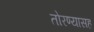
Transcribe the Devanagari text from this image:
तोरण्यासह